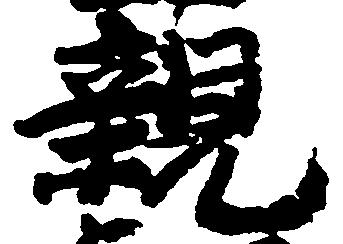
親